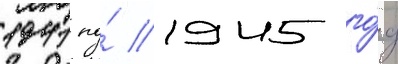
1941 по́ 1945 го́д